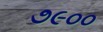
૭૯૦૦